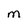
Character: M